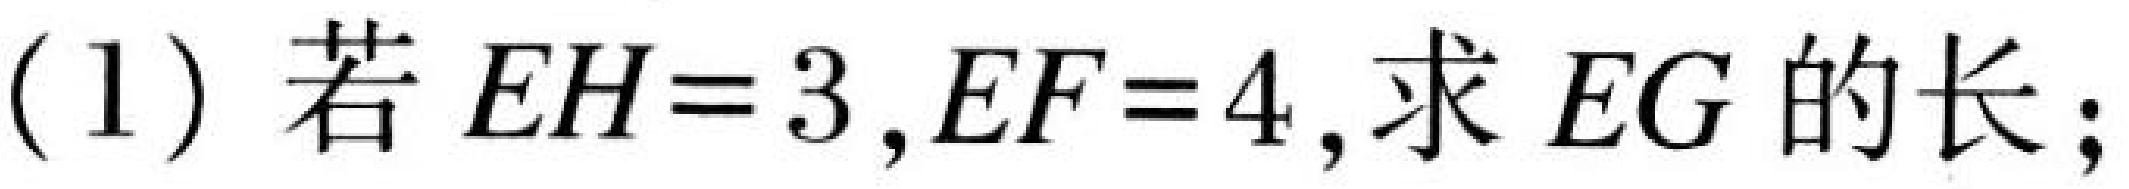
(1) 若\(EH = 3,EF = 4\),求\(EG\)的长；